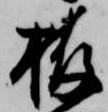
栫